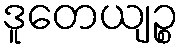
ဒူတေယျဉ္စ